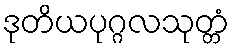
ဒုတိယပုဂ္ဂလသုတ္တံ